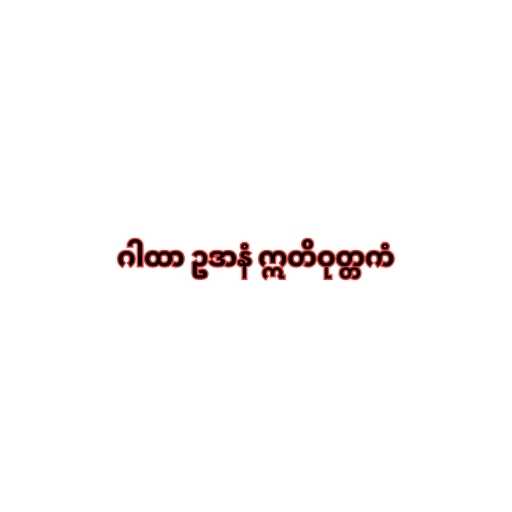
ဂါထာ ဥဒာနံ ဣတိဝုတ္တကံ